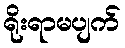
ရိုးရာမပျက်